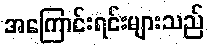
အကြောင်းရင်းများသည်